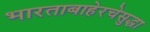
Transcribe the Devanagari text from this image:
भारताबाहेरचेसुद्धा